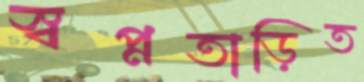
স্বপ্নতাড়িত